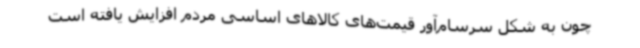
چون به شکل سرسام‌آور قیمت‌های کالاهای اساسی مردم افزایش یافته است